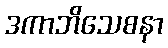
ဒကာဘိသေစနာ